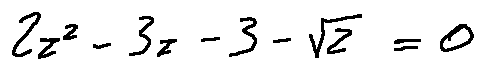
2 z ^ { 2 } - 3 z - 3 - \sqrt { 2 } = 0